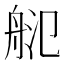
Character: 𦨲